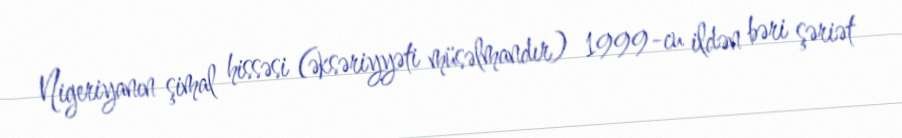
Nigeriyanın şimal hissəsi (əksəriyyəti müsəlmandır) 1999-cu ildən bəri şəriət